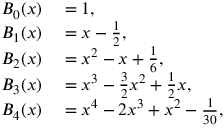
\begin{array} { r l } { B _ { 0 } ( x ) } & { { } = 1 , } \\ { B _ { 1 } ( x ) } & { { } = x - { \frac { 1 } { 2 } } , } \\ { B _ { 2 } ( x ) } & { { } = x ^ { 2 } - x + { \frac { 1 } { 6 } } , } \\ { B _ { 3 } ( x ) } & { { } = x ^ { 3 } - { \frac { 3 } { 2 } } x ^ { 2 } + { \frac { 1 } { 2 } } x , } \\ { B _ { 4 } ( x ) } & { { } = x ^ { 4 } - 2 x ^ { 3 } + x ^ { 2 } - { \frac { 1 } { 3 0 } } , } \end{array}